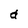
Character: d